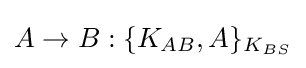
A\rightarrow B:\{K_{AB},A\}_{K_{BS}}